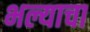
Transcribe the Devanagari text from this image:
भल्याचा